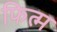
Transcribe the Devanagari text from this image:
फित्म